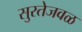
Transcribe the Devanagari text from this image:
सुरतेजवळ